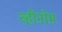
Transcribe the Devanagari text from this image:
व्हीनोम